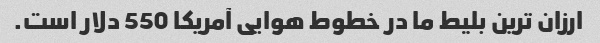
ارزان ترین بلیط ما در خطوط هوایی آمریکا 550 دلار است.